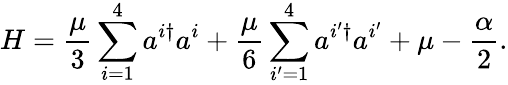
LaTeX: H=\frac{\mu}3\sum_{i=1}^{4}a^{i\dagger}a^{i}+\frac{\mu}6\sum_{i^{\prime}=1}^{4}a^{i^{\prime}\dagger}a^{i^{\prime}}+\mu-\frac{\alpha}{2}.